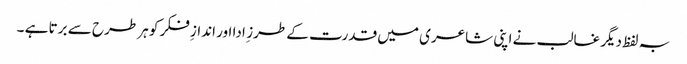
بہ لفظ دیگر غالب نے اپنی شاعری میں قدرت کے طرز ِ ادا اور اندازِ فکر کو ہر طرح سے برتا ہے ۔